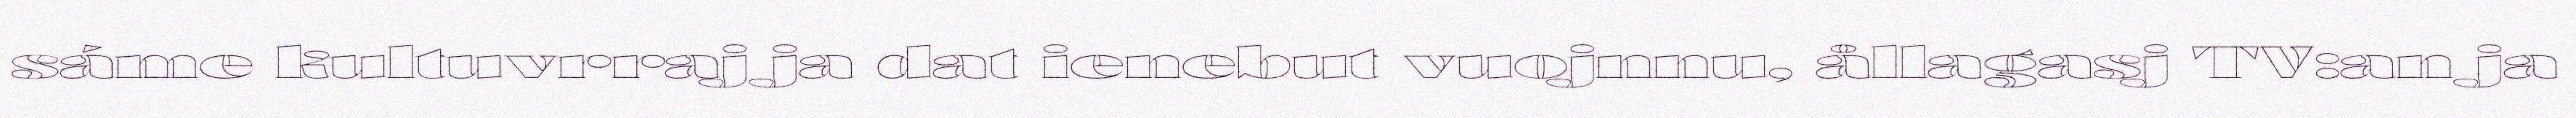
sáme kultuvrraj ja dat ienebut vuojnnu, ållagasj TV:an ja